Lunatic asylums United Provinces 1909-1921 - 1909-1921
Year: 1909
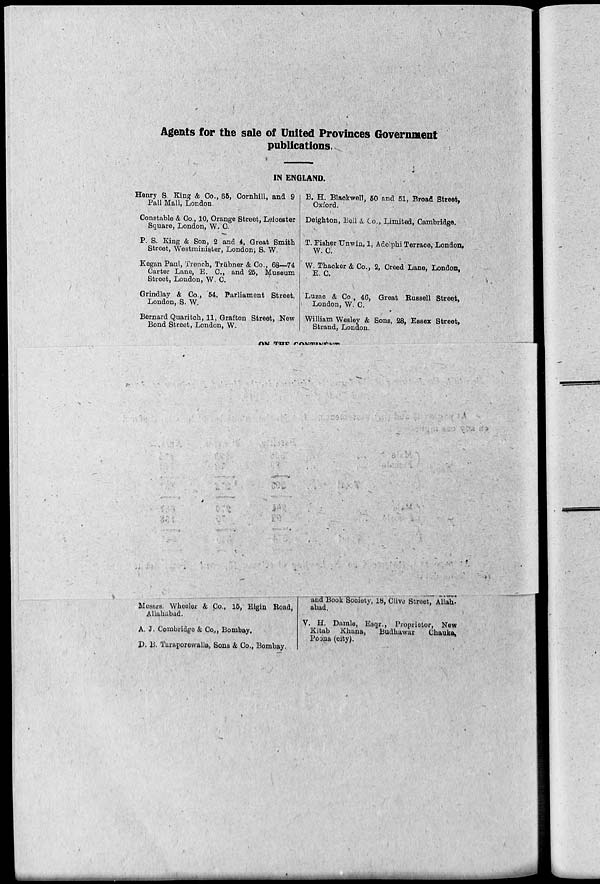
Agents for the sale of United Provinces Government
publications.
;
IN ENGLAND.
Henry S. King & Oo., 65, Oornhill, and 9
Pall Mall, London.
Constable & Co., 10, Orange Street, Leicester
Square, London, W. C.
P. S. King & Son, 2 and 4, Groat Smith
Street, Westminister, London; S. W.
Kegan Paul, Trench, Triibner & Co., 68—74
Carter Lane, E. C, and 25, Museum
Street, London, W. C.
Grindlay & Co., 54, Parliament Street,
London, S. W.
Bernard Quaritch, 11, Grafton Street, New
Bond Street, London, W.
B. H. Blaokwell, 50 and 51, Broad Street,
Oxford.
Deighton, Bell & Co., Limited, Cambridge.
T. Fisher XJnwin, 1, Adelphi Terrace, London,
W. C.
W. Thacker & Co., 2, Creed Lane, London,
E. C.
Luzao & Co , 46, Great Russell Street,
\ London, W. C.
William Wesley & Sons, 28, Essex Street,
Strand, London.
OM Till? ^nwrniviihiii
Messrs. Wheeler & Co., 15, Elgin Road,
Allahabad.
A. J. Gombridgo & Co., Bombay,
P. B. Taraporewalla, Sons & Co., Bombay.
and Book Sooioty, 18, Clivo Street, Allah-
abad.
V. H. Damle, Esqr., Proprietor, New
Kitab Khana,
Budhawar
Chauka,
Pocina (city).